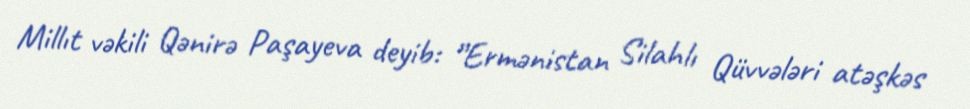
Millıt vəkili Qənirə Paşayeva deyib: ”Ermənistan Silahlı Qüvvələri atəşkəs